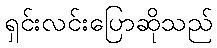
ရှင်းလင်းပြောဆိုသည်